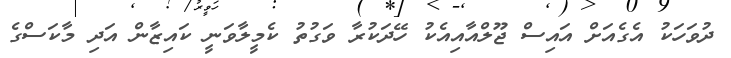
ދުވަހަކު އެގެއަށް އައިސް ޖޫލްއާއިއެކު ހޭދަކުރާ ވަގުތު ކެމީލާވަނީ ކައިޒާން އަދި މާކަސްގެ